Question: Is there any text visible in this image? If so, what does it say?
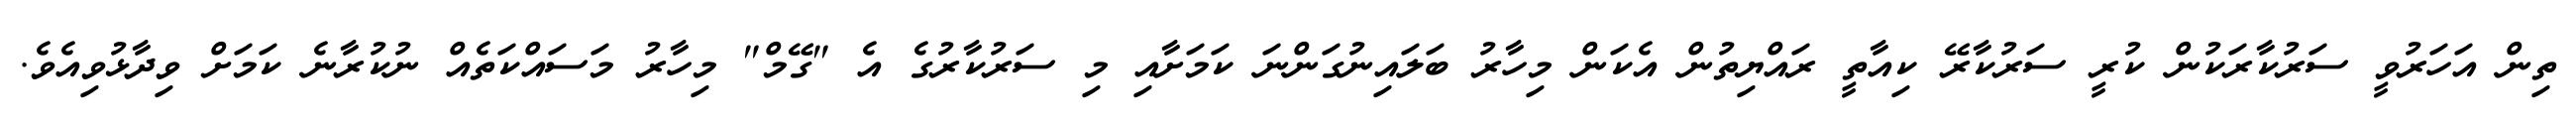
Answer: ތިން އަހަރުވީ ސަރުކާރަކުން ކުރީ ސަރުކާރޭ ކިއާތީ ރައްޔިތުން އެކަން މިހާރު ބަލައިނުގަންނަ ކަމަށާއި މި ސަރުކާރުގެ އެ "ގޭމް" މިހާރު މަސައްކަތެއް ނުކުރާނެ ކަމަށް ވިދާޅުވިއެވެ.